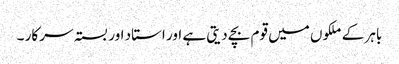
باہر کے ملکوں میں قوم بچے دیتی ہے اور استاد اور بستہ سرکار ۔